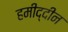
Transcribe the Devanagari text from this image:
हमीद्दीन